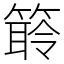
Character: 䉁